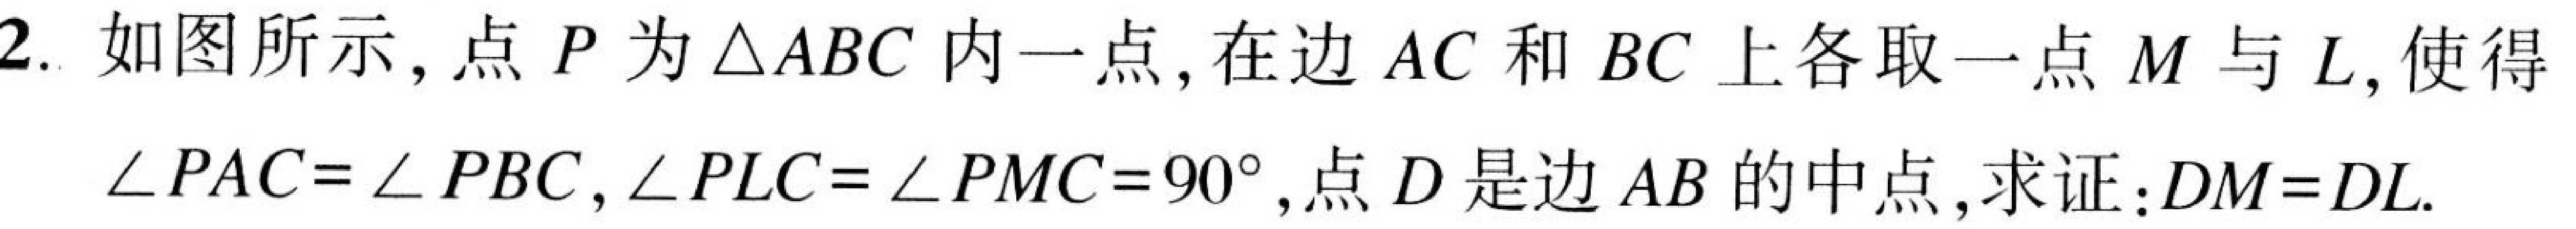
2. 如图所示，点\(P\)为\(\triangle ABC\)内一点，在边\(AC\)和\(BC\)上各取一点\(M\)与\(L\)，使得\(\angle PAC=\angle PBC\)，\(\angle PLC = \angle PMC = 90^{\circ}\)，点\(D\)是边\(AB\)的中点，求证：\(DM = DL\).